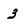
Character: 3